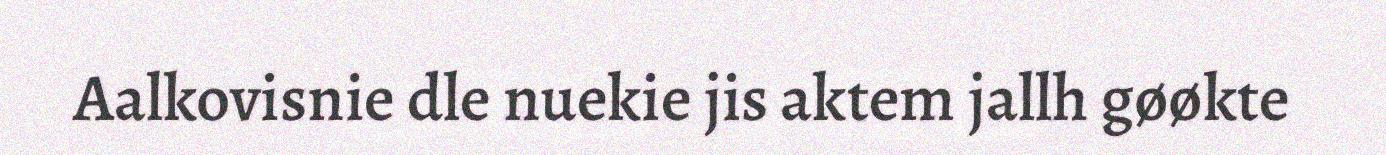
Aalkovisnie dle nuekie jis aktem jallh gøøkte